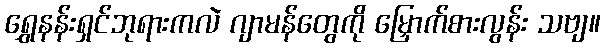
ရွှေနန်းရှင်ဘုရားကလဲ ဂျာမန်တွေကို မြှောက်စားလွန်း သဗျ။